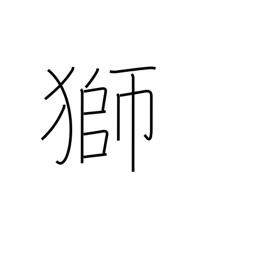
Meaning: lion